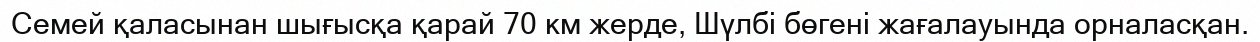
Семей қаласынан шығысқа қарай 70 км жерде, Шүлбі бөгені жағалауында орналасқан.